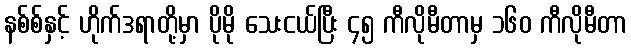
နစ်စ်နှင့် ဟိုက်ဒရာတို့မှာ ပိုမို သေးငယ်ပြီး ၄၅ ကီလိုမီတာမှ ၁၆၀ ကီလိုမီတာ